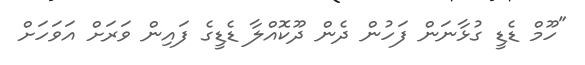
"ހޫމް ޑެޑީ ގުޅާނަން ފަހުން ދެން ދޫކޮއްލާ ޑެޑީގެ ފައިން ވަރަށް އަވަހަށް